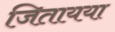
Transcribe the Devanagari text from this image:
जितायया